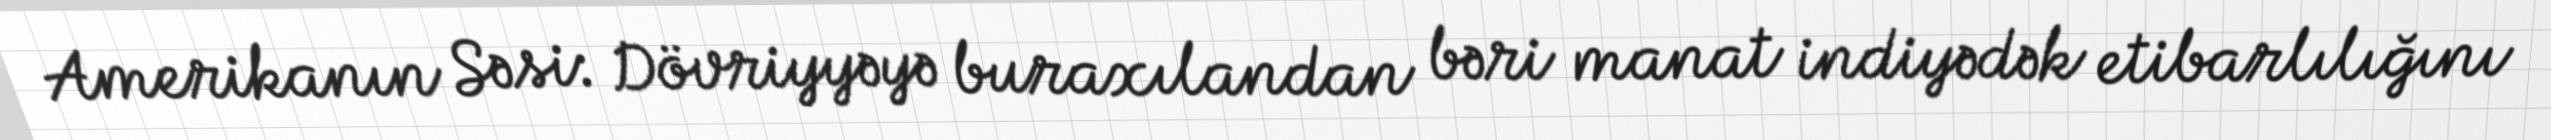
Amerikanın Səsi: Dövriyyəyə buraxılandan bəri manat indiyədək etibarlılığını